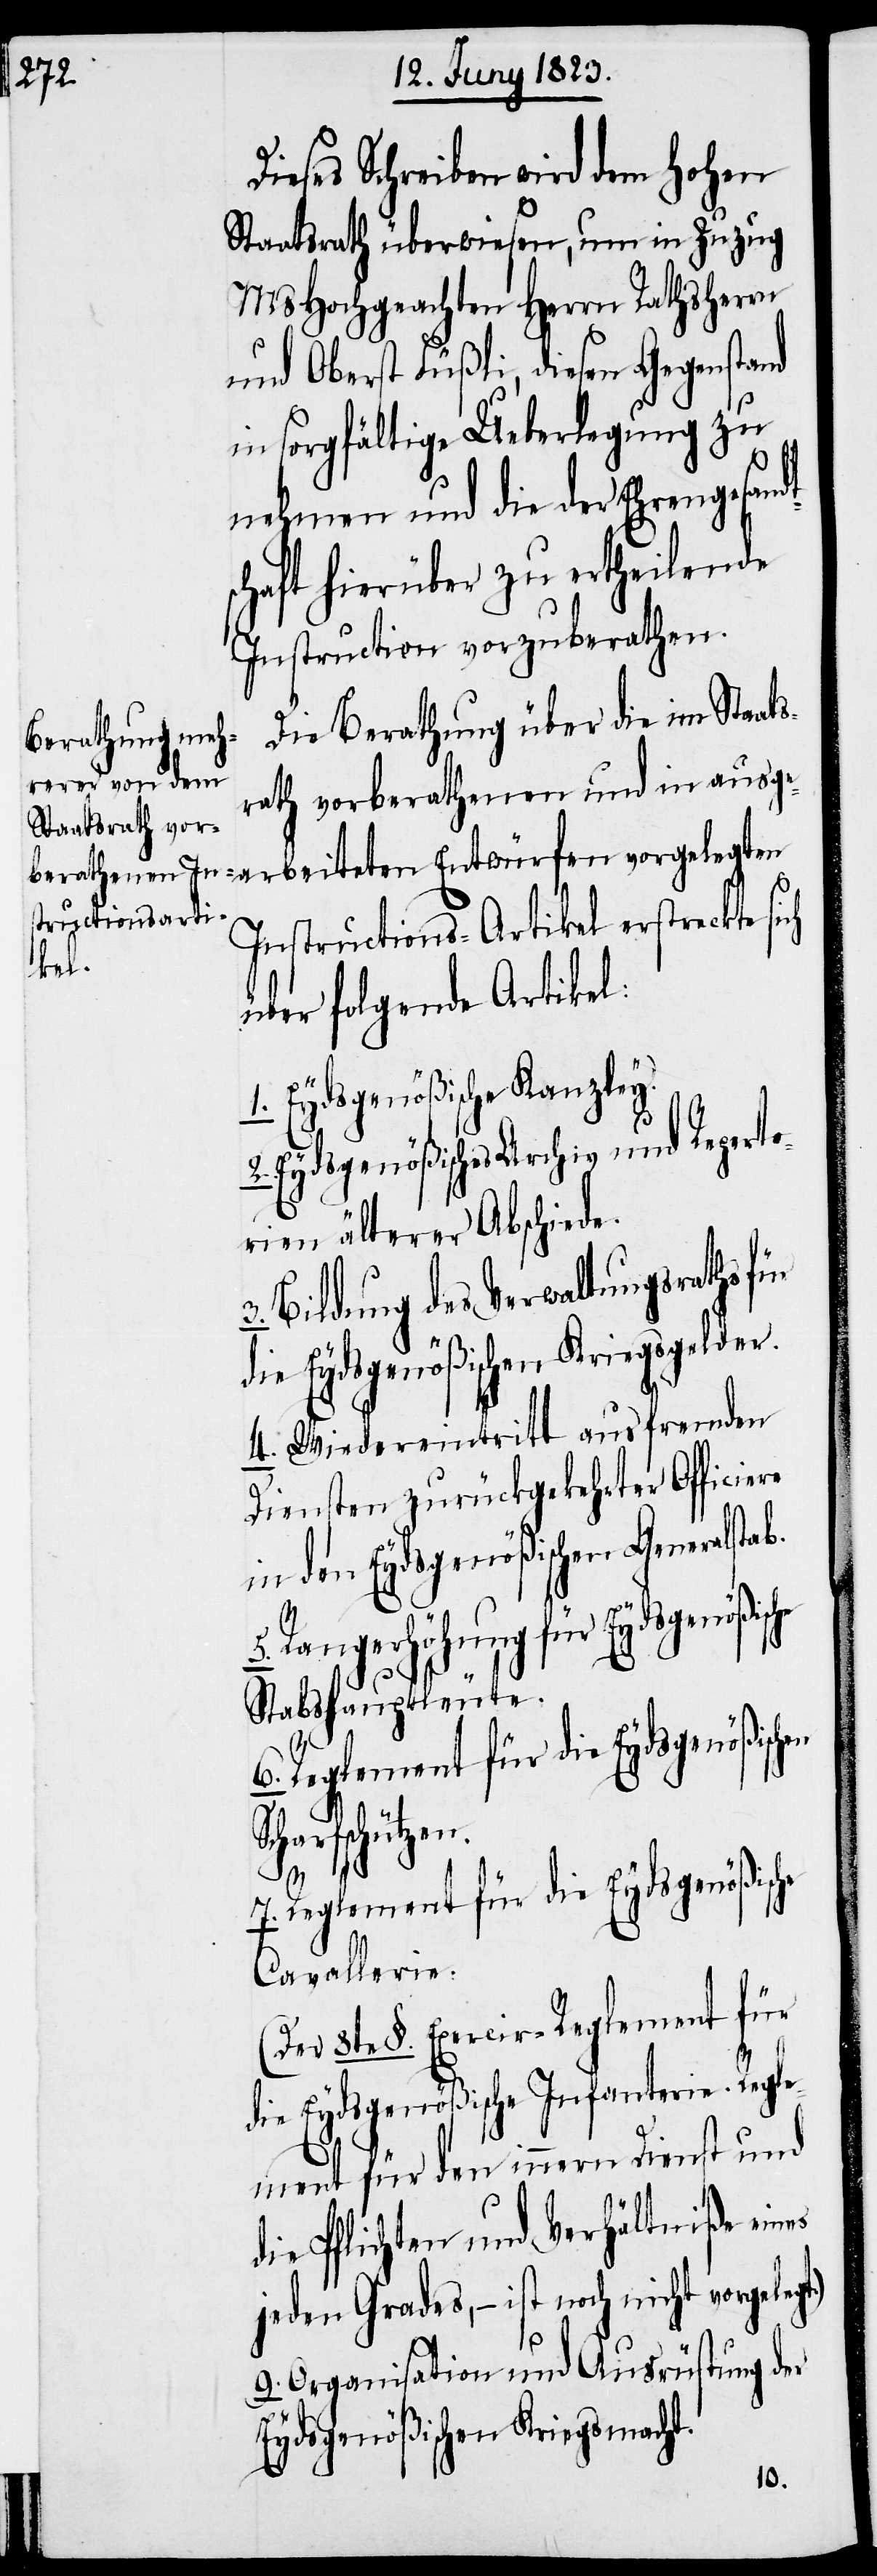
Dieses Schreiben wird dem hohen
Staatsrath überwiesen, um in Zuzug
MsHochgeachten Herrn Rathsherrn
und Oberst Füßli, diesen Gegenstand
in sorgfältige Ueberlegung zu
nehmen und die der Ehrengesand¬
schaft hierüber zu ertheilende
Instruction vorzuberathen.
Die Berathung über die im Staats¬
rath vorberathenen und in ausge¬
Instructions-Artikel erstreckte sich
über folgende Artikel:
1. Eydsgenößische Kanzley.
2. Eydsgenößisches Archiv und Reperto¬
rien älterer Abschiede.
3. Bildung des Verwaltungsraths für
die Eydsgenößischen Kriegsgelder.
4. Wiedereintritt aus fremden
Diensten zurückgekehrter Officiere
in den Eydsgenößischen Generalsta¬
Rangerhöhung für Eydsgenößi¬
Stabshauptleute.
rfschützen.
7. Reglement für die Eydsgenößische
Cavallerie.
8te §. Exercir-Reglement für
die Eydsgenößische Infanterie. Regl¬
ement für den innern Dienst und
die Pflichten und Verhältniße eines
jeden Grades, – ist noch nicht vorgeleg¬
9. Organisation und Ausrüstung der
Eydsgenößischen Kriegsmacht.
t.)